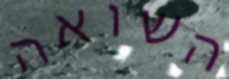
השואה